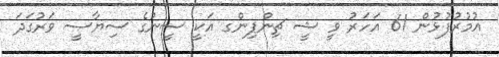
އުމުރުފުޅުން 61 އަހަރު ވީ ޝީ ޗިންޕިންގ އަކީ ސީނުގެ ސިޔާސީ ވަރުގަދަ